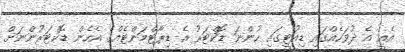
އެއީ އެ ދުވަހެއްގައި ޑިއުޓީގައި ހުންނަ ޑޮކްޓަރު އެ ޑިޕާޓްމަންޓެއްގެ އެހެން ޑޮކްޓަރުންނަށް